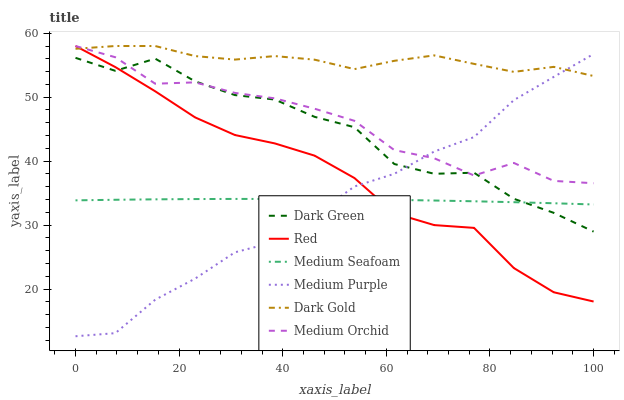
| xaxis_label | Dark Green | Red | Medium Seafoam | Medium Purple | Dark Gold | Medium Orchid |
 | --- | --- | --- | --- | --- | --- | --- |
 | 0 | 56.2 | 58 | 33.9 | 12.6 | 57.6 | 58 |
 | 7.69 | 54.1 | 54.7 | 34 | 13.1 | 58 | 56.2 |
 | 15.4 | 56 | 50.9 | 34 | 18.3 | 58 | 52.1 |
 | 23.1 | 52.5 | 46.8 | 34.1 | 21.6 | 56.4 | 52.3 |
 | 30.8 | 50.3 | 44.1 | 34.1 | 25.8 | 55.9 | 50.7 |
 | 38.5 | 49.6 | 42.8 | 34.1 | 27.4 | 56.4 | 49.8 |
 | 46.2 | 46.9 | 40.9 | 34.1 | 31.6 | 55.9 | 48.2 |
 | 53.8 | 45.3 | 37.4 | 34 | 36 | 54.4 | 46.3 |
 | 61.5 | 39.6 | 31.9 | 33.9 | 38 | 55.7 | 41.7 |
 | 69.2 | 38 | 30 | 33.8 | 41.5 | 56.5 | 40.5 |
 | 76.9 | 38.2 | 29.6 | 33.7 | 43.8 | 55.2 | 37.8 |
 | 84.6 | 34.1 | 23.3 | 33.6 | 49.5 | 54 | 39.7 |
 | 92.3 | 31.9 | 19.5 | 33.4 | 53.2 | 54.7 | 36.9 |
 | 100 | 29 | 18.1 | 33.2 | 56.8 | 53.3 | 36.6 |